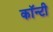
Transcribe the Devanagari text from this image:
काॅन्टी